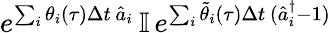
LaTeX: e^{\sum_{i}\theta_{i}(\tau)\Delta t\, \hat{a}_{i}}\, \mathbb{I}\, e^{\sum_{i}\tilde{\theta}_{i}(\tau)\Delta t\, (\hat{a}_{i}^{\dagger}-1)}